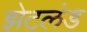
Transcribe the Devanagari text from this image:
झेटलंड